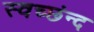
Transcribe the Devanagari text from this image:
स्वच्छंन्द